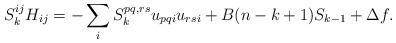
LaTeX: \begin{align*}S_k^{ij} H_{ij} = -\sum_i S_k^{pq,rs}u_{pqi}u_{rsi} + B (n - k + 1) S_{k-1} + \Delta f.\end{align*}